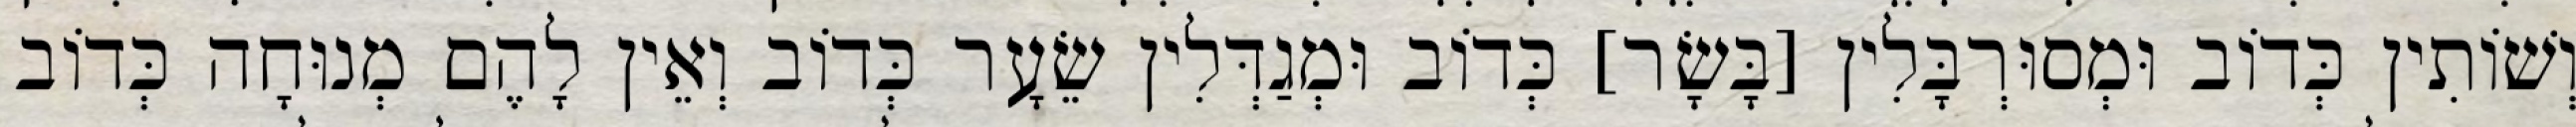
וְשׁוֹתִין כְּדוֹב וּמְסוּרְבָּלִין [בָּשָׂר] כְּדוֹב וּמְגַדְּלִין שֵׂעָר כְּדוֹב וְאֵין לָהֶם מְנוּחָה כְּדוֹב